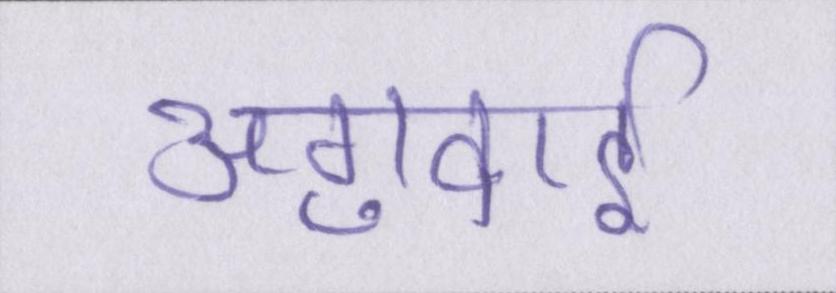
अगुवाई